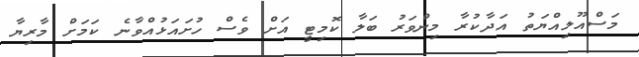
މަސްއޫލިއްޔަތު އަދާކުރާ މިންވަރު ބަލާ ކޮމިޓީ އަށް ވެސް ހުށައަޅުއްވާނެ ކަމަށް މާރިޔާ